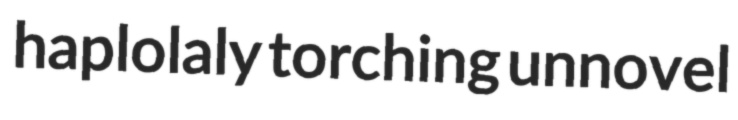
haplolaly torching unnovel